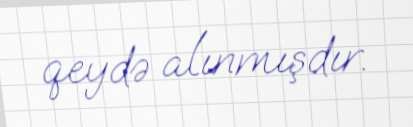
qeydə alınmışdır.